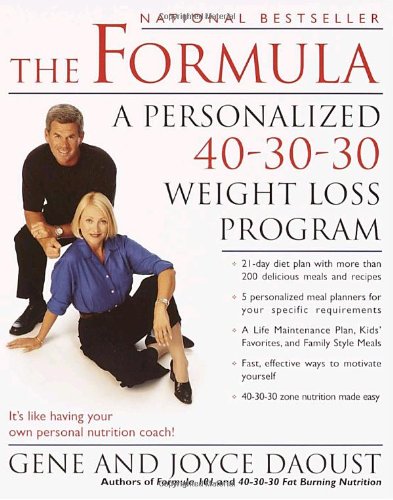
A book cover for The Formula: A Personalized 40-30-30 Weight Loss Program; Gene Daoust; Humor & Entertainment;